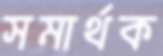
সমার্থক